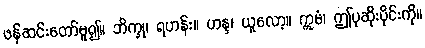
ဖန်ဆင်းတော်မူ၍။ ဘိက္ခု၊ ရဟန်း။ ဟန္ဒ၊ ယူလော့။ ဣမံ၊ ဤပုဆိုးပိုင်းကို။